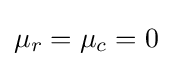
\mu _{r}=\mu _{c}=0